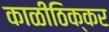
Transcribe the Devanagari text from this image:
काळीठिक्कर